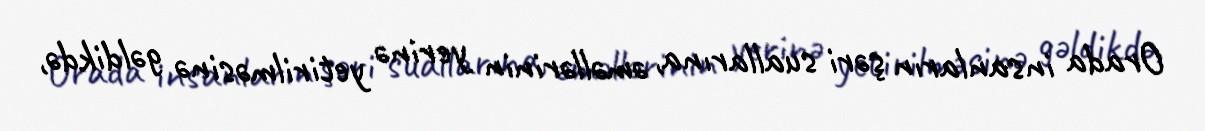
Orada insanların şəri suallarına, əməllərinin yerinə yetirilməsinə gəldikdə,